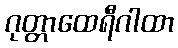
ဂုတ္တာထေရီဂါထာ